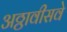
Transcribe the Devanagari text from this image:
अठ्ठावीसवे